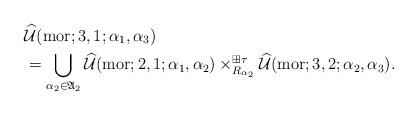
LaTeX: \begin{align*}\aligned&\widehat{\mathcal U}({\rm mor};3,1;\alpha_1,\alpha_3) \\&=\bigcup_{\alpha_2 \in \frak A_2}\widehat{\mathcal U}({\rm mor};2,1;\alpha_1,\alpha_2)\times_{R_{\alpha_2}}^{\boxplus\tau}\widehat{\mathcal U}({\rm mor};3,2;\alpha_2,\alpha_3).\endaligned\end{align*}